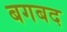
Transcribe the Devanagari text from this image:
बगबद